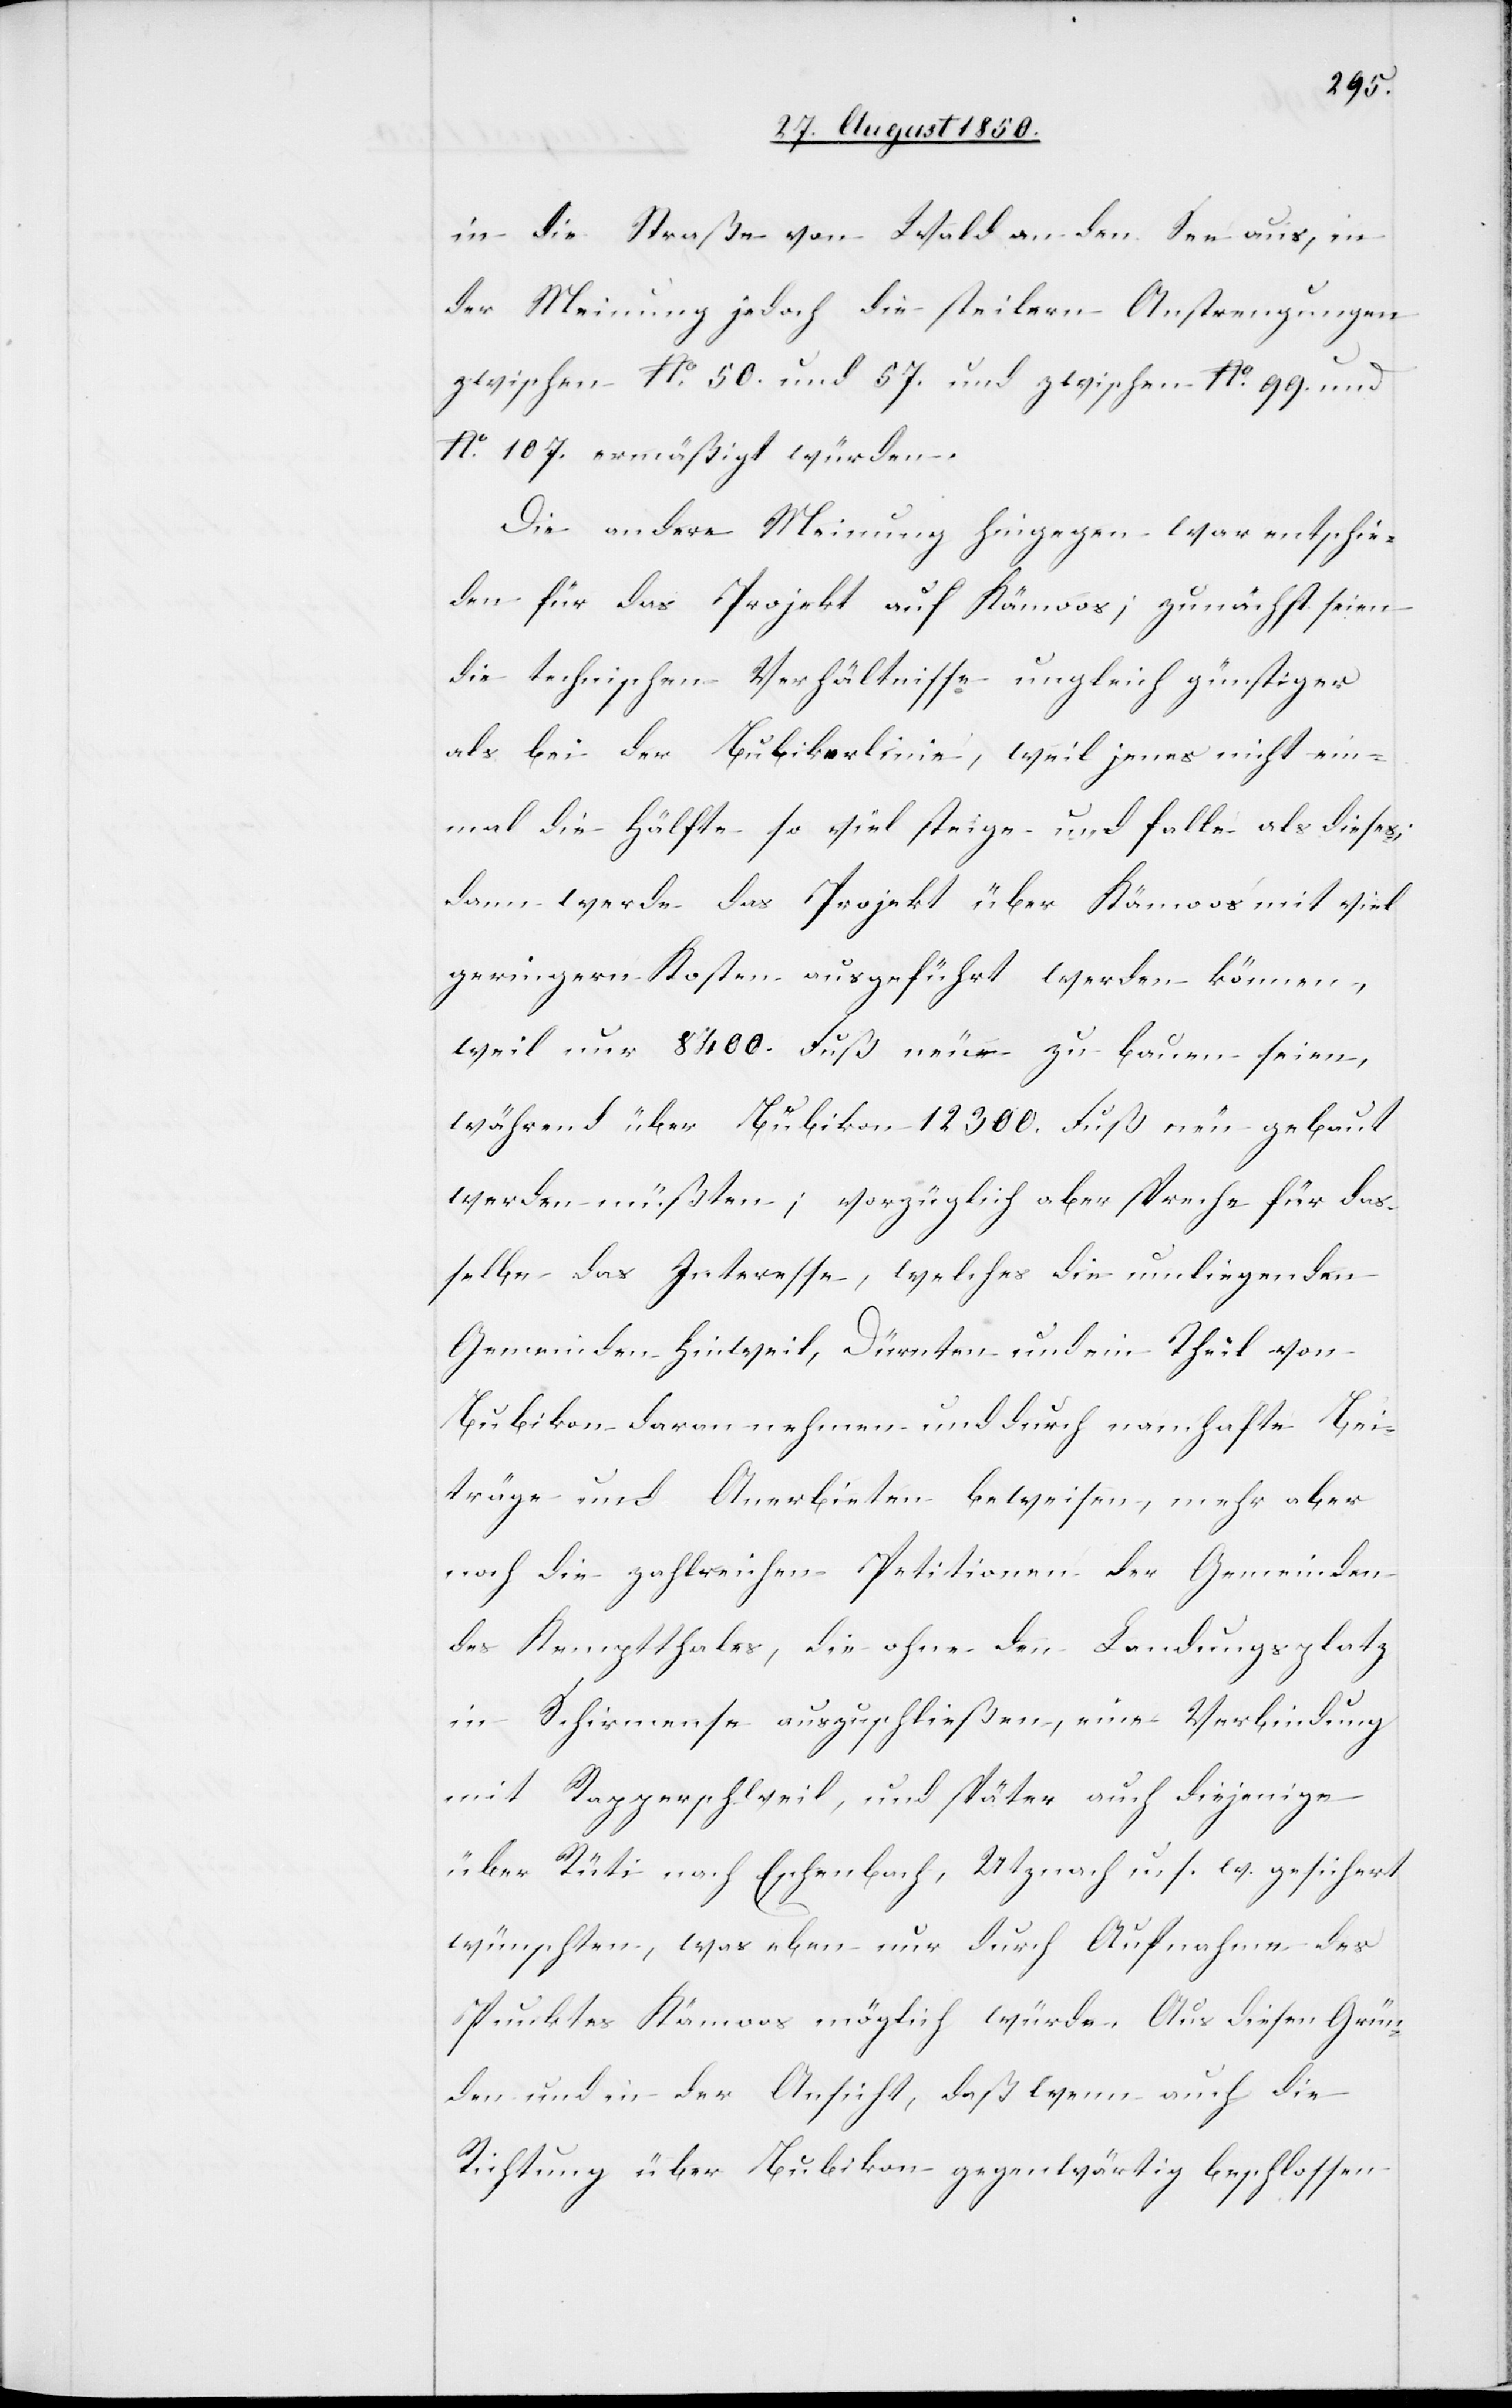
in die Straße von Wald an den See aus, in
der Meinung jedoch [daß] die steilern Anstrengungen
zwischen No. 50. und 57. und zwischen No. 99. und
No. 107. ermäßigt würden.
Die andere Meinung hingegen war entschie¬
den für das Projekt auf Kämoos; zunächst seien
die technischen Verhältnisse ungleich günstiger
als bei der Bubikerlinie, weil jenes nicht ein¬
mal die Hälfte so viel steige und falle als dieses;
dann werde das Projekt über Kämoos mit viel
geringern Kosten ausgeführt werden können,
weil nur 8400. Fuß neu zu bauen seine,
während über Bubikon 12 300. Fuß neu gebaut
werden müßten; vorzüglich aber spreche für das¬
selbe das Interesse, welches die umliegenden
Gemeinden Hinweil, Dürnten und ein Theil von
Bubikon daran nehmen und durch namhafte Bei¬
träge und Anerbieten beweisen, mehr aber
noch die zahlreichen Petitionen der Gemeinden
des Kemptthales, die ohne den Landungsplatz
in Schirmense auszuschließen, eine Verbindung
mit Rapperschweil, und später auch diejenige
über Rüti nach Eschenbach, Utznach u. s. w. gesichert
wünschten, was eben nur durch Aufnahme des
Punktes Kämoos möglich würde. Aus diesen Grün¬
den und in der Ansicht, daß wenn auch die
Richtung über Bubikon gegenwärtig beschlossen